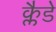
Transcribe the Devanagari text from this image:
क्लैडे